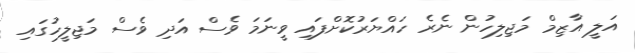
އަލީ އާޒިމް މަޖިލިހުން ނެރެ ހައްޔަރުކޮށްފައި ވީނަމަ ވެސް އަދި ވެސް މަޖިލީހުގައި